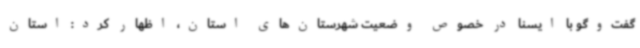
گفت‌وگو با ایسنا در خصوص وضعیت شهرستان‌های استان، اظهار کرد: استان